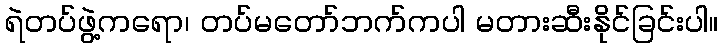
ရဲတပ်ဖွဲ့ကရော၊ တပ်မတော်ဘက်ကပါ မတားဆီးနိုင်ခြင်းပါ။